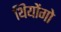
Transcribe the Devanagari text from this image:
थियोंगो